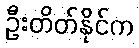
ဦးတိတ်နိုင်က